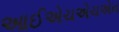
આઈએચએચએન